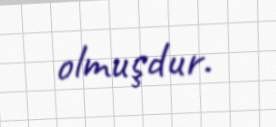
olmuşdur.